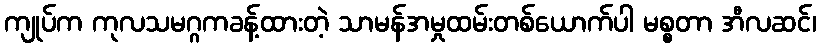
ကျုပ်က ကုလသမဂ္ဂကခန့်ထားတဲ့ သာမန်အမှုထမ်းတစ်ယောက်ပါ မစ္စတာ အီလဆင်၊